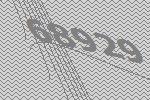
68929